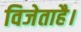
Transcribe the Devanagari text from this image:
विजेताहै।